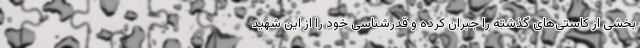
بخشی از کاستی‌های گذشته را جبران کرده و قدرشناسی خود را از این شهید